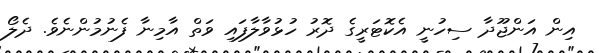
އިން އަންޖޫދާ ސިހުނީ އެކޮޓަރީގެ ދޮރު ހުޅުވާލާފައި ވަތް އާމިނާ ފެނުމުންނެވެ. ދެލޯ